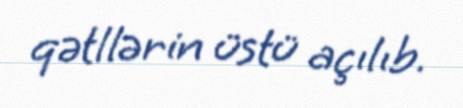
qətllərin üstü açılıb.